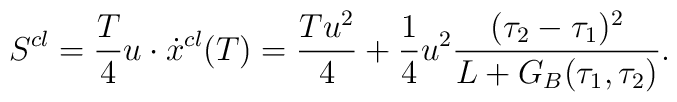
S^{cl}={T\over 4}u\cdot\dot{x}^{cl}(T)=\frac{Tu^2}{4}+{1\over 4}u^2\frac{(\tau_2-\tau_1)^2}{L+G_B(\tau_1,\tau_2)}.